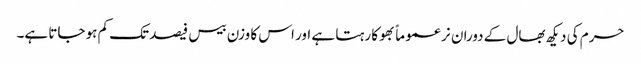
حرم کی دیکھ بھال کے دوران نر عموماً بھوکا رہتا ہے اور اس کا وزن بیس فیصد تک کم ہو جاتا ہے۔